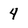
Character: 4